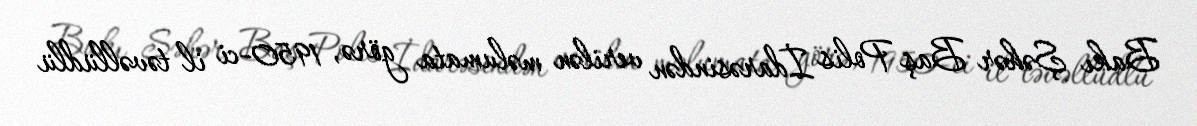
Bakı Şəhər Baş Polis İdarəsindən verilən məlumata görə, 1950-ci il təvəllüdlü